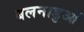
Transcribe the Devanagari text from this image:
बलनाडुओं